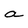
Character: a